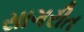
સાગરીત